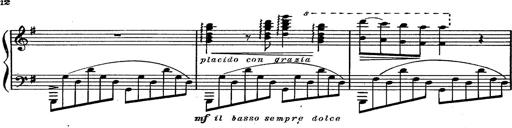
Title: Magyar rapszÃ³diÃ¡k
Composer: Franz Liszt